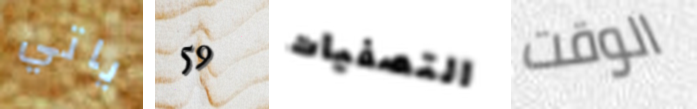
ياتي 59 التصفيات الوقت